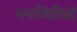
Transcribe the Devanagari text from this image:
मनस्थितियों